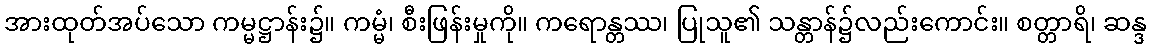
အားထုတ်အပ်သော ကမ္မဋ္ဌာန်း၌။ ကမ္မံ၊ စီးဖြန်းမှုကို။ ကရောန္တဿ၊ ပြုသူ၏ သန္တာန်၌လည်းကောင်း။ စတ္တာရိ၊ ဆန္ဒ